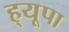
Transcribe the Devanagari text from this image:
ह्‌यूपा